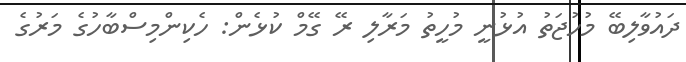
ދައުވާލިބޭ މުހުޖަތު އުޅުނީ މުހީތު މަރާލި ރޭ ގޭމް ކުޅެން: ހެކިންމިސްބާހުގެ މަރުގެ